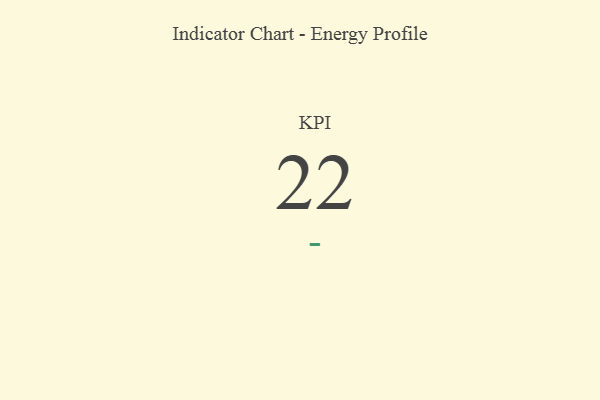
{"axis": {"x": "KPI", "y": "Value"}, "legend": [""], "data": [{"x": "KPI", "y": 22, "type": ""}]}